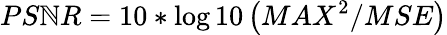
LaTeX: PS\mathbb{N}R=10*\log10\left(MAX^{2}/MSE\right)